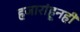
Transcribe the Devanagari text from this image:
हजारांहूनही